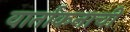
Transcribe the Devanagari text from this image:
वार्तांकनाची